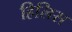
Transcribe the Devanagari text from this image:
हिलिस